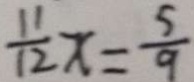
\frac { 1 1 } { 1 2 } x = \frac { 5 } { 9 }